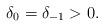
LaTeX: \begin{align*}\delta_0 = \delta_{-1} > 0.\end{align*}